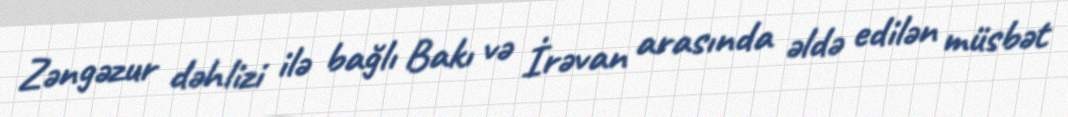
Zəngəzur dəhlizi ilə bağlı Bakı və İrəvan arasında əldə edilən müsbət